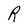
Character: R